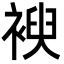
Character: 𮖜